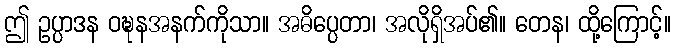
ဤ ဥပ္ပာဒန ဝဍ္ဎနအနက်ကိုသာ။ အဓိပ္ပေတာ၊ အလိုရှိအပ်၏။ တေန၊ ထို့ကြောင့်။